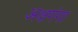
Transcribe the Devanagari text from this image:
अक्षगंगा